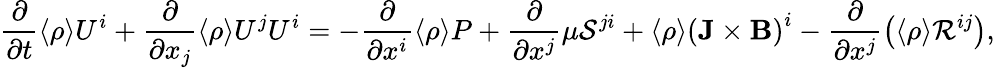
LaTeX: \frac{\partial}{\partial t}\langle{\rho}\rangle U^{i}+\frac{\partial}{\partial x_{j}}\langle{\rho}\rangle U^{j}U^{i}=-\frac{\partial}{\partial x^{i}}\langle{\rho}\rangle P+\frac{\partial}{\partial x^{j}}\mu{\cal{S}}^{ji}+\langle{\rho}\rangle\left({{\mathbf{J}}\times{\mathbf{B}}}\right)^{i}-\frac{\partial}{\partial x^{j}}\left({\langle{\rho}\rangle{\cal{R}}^{ij}}\right),